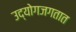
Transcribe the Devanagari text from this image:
उद्योगजगतात